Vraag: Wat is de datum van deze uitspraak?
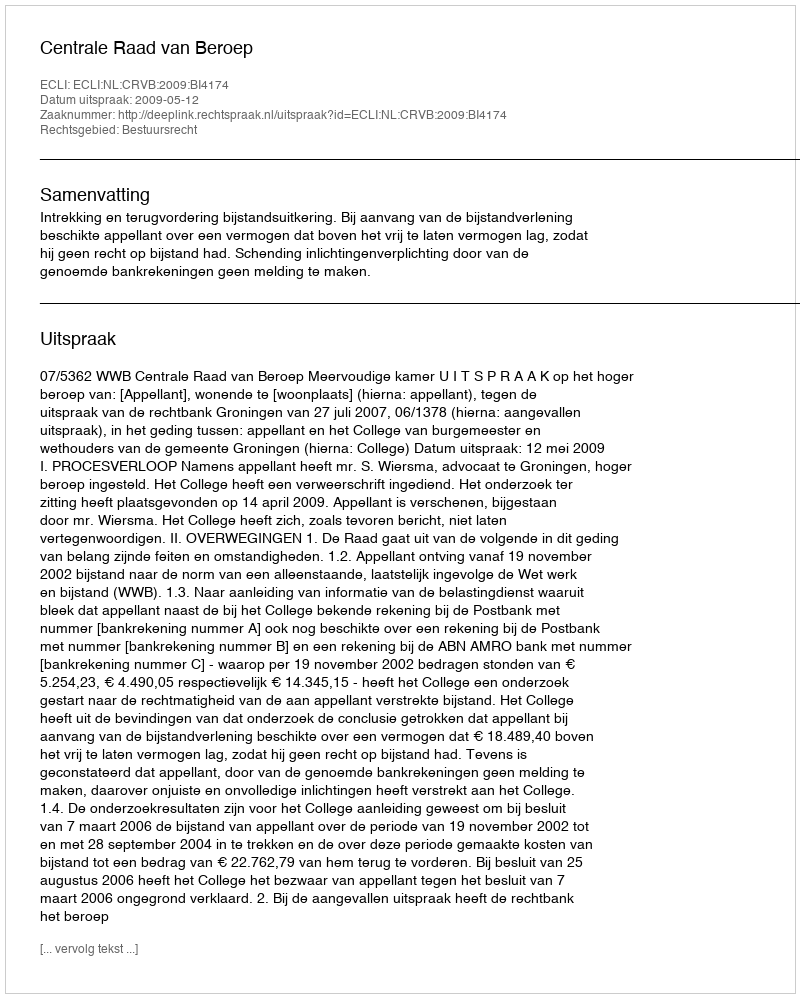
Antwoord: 2009-05-12